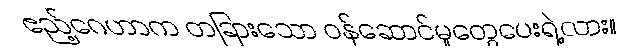
ဧည့်ဂေဟာက တခြားသော ဝန်ဆောင်မှုတွေပေးရဲ့လား။